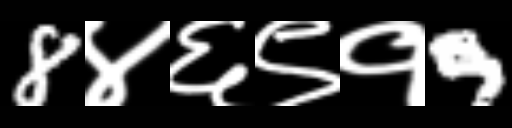
Text: 8४६९१9